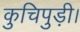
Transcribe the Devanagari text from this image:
कुचिपुड़ी।